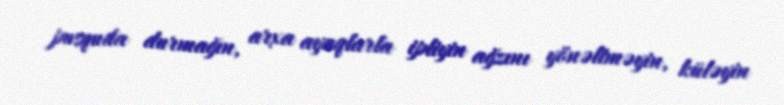
pusquda durmağın, arxa ayaqlarla ipliyin ağzını yönəltməyin, küləyin